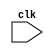
module timing_control_sync (
    input wire clk,
    // Other input and output ports as needed
    // Clock generator logic
    // Data transfer synchronization logic
    // Bit transfer timing management logic
    // System delay and variation adjustment logic
);

// Verilog code for the timing control and synchronization block

endmodule